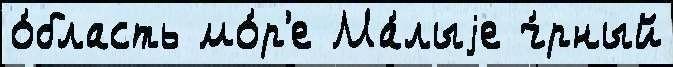
о́бласть мо́р'е Ма́лыjе ч́рный